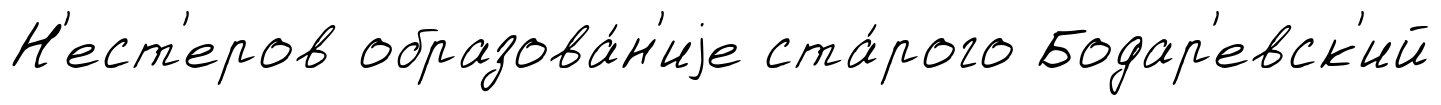
Н'ест'еров образова́н'иjе ста́рого Бодар'евск'ий